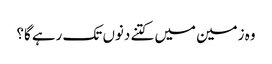
وہ زمین میں کتنے دنوں تک رہے گا؟